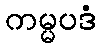
ကမ္မပဒံ